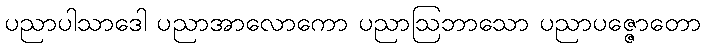
ပညာပါသာဒေါ ပညာအာလောကော ပညာဩဘာသော ပညာပဇ္ဇောတော